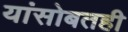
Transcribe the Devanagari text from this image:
यांसोबतही